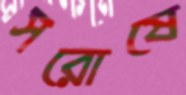
সরোষে